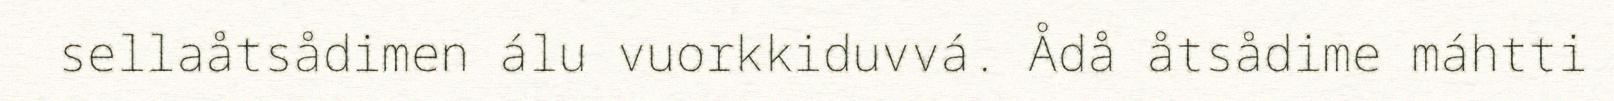
sellaåtsådimen álu vuorkkiduvvá. Ådå åtsådime máhtti